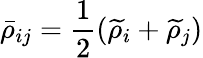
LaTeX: \bar{\rho}_{ij}=\frac{1}{2}(\widetilde{\rho}_{i}+\widetilde{\rho}_{j})